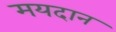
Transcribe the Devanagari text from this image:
मयदान